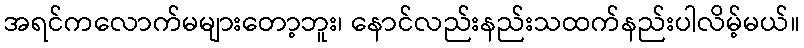
အရင်ကလောက်မများတော့ဘူး၊ နောင်လည်းနည်းသထက်နည်းပါလိမ့်မယ်။